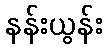
နန်းယွန်း